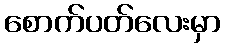
စောက်ပတ်လေးမှာ